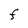
Character: F